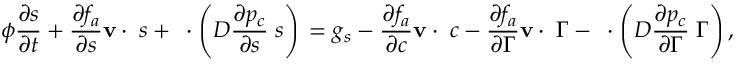
\phi \frac { \partial s } { \partial t } + \frac { \partial f _ { a } } { \partial s } { { \bf v } } \cdot { \bf \nabla } s + { \bf \nabla } \cdot \left( D \frac { \partial p _ { c } } { \partial s } { \bf \nabla } s \right) \, = g _ { s } - \frac { \partial f _ { a } } { \partial c } { { \bf v } } \cdot { \bf \nabla } c - \frac { \partial f _ { a } } { \partial \Gamma } { { \bf v } } \cdot { \bf \nabla } \Gamma - { \bf \nabla } \cdot \left( D \frac { \partial p _ { c } } { \partial \Gamma } { \bf \nabla } \Gamma \right) ,